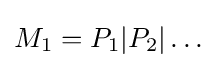
M_{1}=P_{1}|P_{2}|\dots